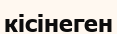
кісінеген